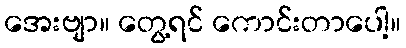
အေးဗျာ။ တွေ့ရင် ကောင်းတာပေါ့။